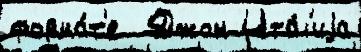
форма́т'е  Джон Ита́л'иjа